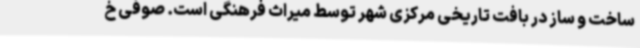
ساخت و ساز در بافت تاریخی مرکزی شهر توسط میراث فرهنگی است. صوفی خ